Leaving Certificate Examination (including Day School Certificate (Higher) General paper), 1926
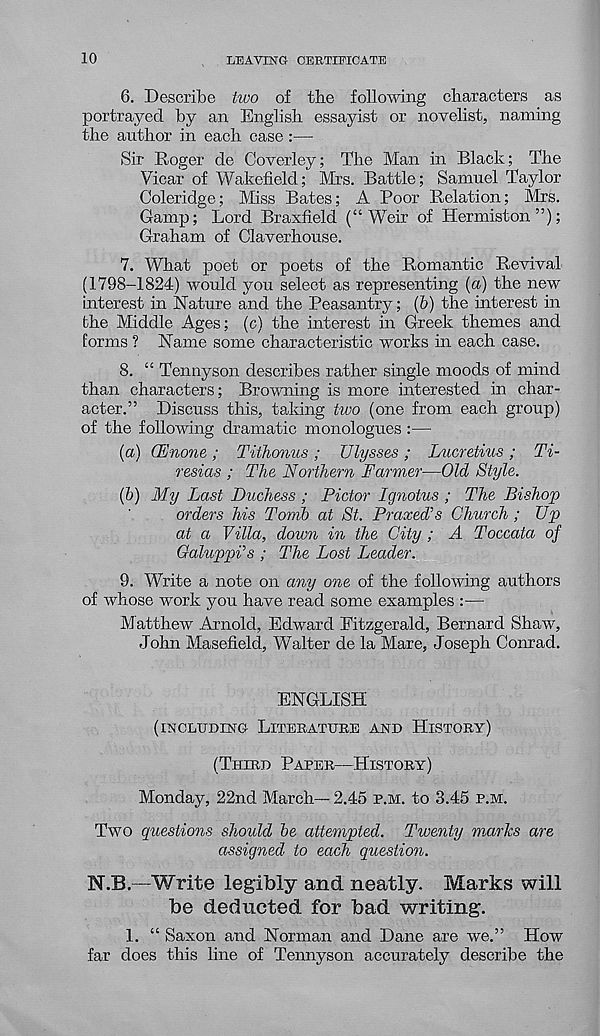
10
LEAVING CERTIFICATE
6. Describe two of the following characters as
portrayed by an English essayist or novelist, naming
the author in each case :—
Sir Roger de Coverley; The Man in Black; The
Vicar of Wakefield; Mrs. Battle; Samuel Taylor
Coleridge; Miss Bates; A Poor Relation; Sirs.
Gamp; Lord Braxfield (“Weir of Hermiston”);
Graham of Claverhouse.
7. What poet or poets of the Romantic Revival
(1798-1824) would you select as representing (a) the new
interest in Nature and the Peasantry; (b) the interest in
the Middle Ages; (c) the interest in Greek themes and
forms ? Name some characteristic works in each case.
8. “ Tennyson describes rather single moods of mind
than characters; Browning is more interested in char-
acter.” Discuss this, taking two (one from each group)
of the following dramatic monologues :—
(a) CEnone ; Tithonus ; Ulysses ; Lucretius ; Ti-
resias ; The Northern Farmer—Old Style.
(b) My Last Duchess ; Pictor Ignotus ; The Bishop
orders his Tomb at St. Praxed’s Church ; Up
at a Villa, down in the City; A Toccata of
GaluppVs ; The Lost Leader.
9. Write a note on any one of the following authors
of whose work you have read some examples :—
Matthew .Arnold, Edward Fitzgerald, Bernard Shaw,
John Masefield, Walter de la Mare, Joseph Conrad.
ENGLISH
(INCLUDING- LITERATURE AND HISTORY)
(THIRD PAPER—HISTORY)
Monday, 22nd March— 2.45 P.M. to 3.45 P.M.
Two questions should be attempted. Twenty marks are
assigned to each question.
N.B.—Write legibly and neatly. Marks will
be deducted for bad writing.
1. “ Saxon and Norman and Dane are we.” How
far does this line of Tennyson accurately describe the